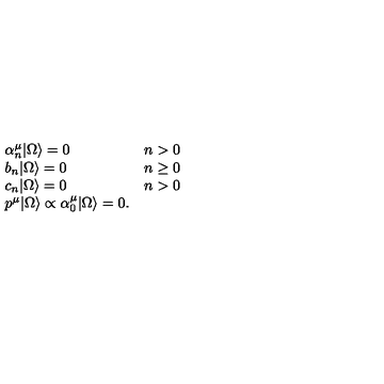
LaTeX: \left. \begin{array} { l c } { \alpha _ { n } ^ { \mu } | \Omega \rangle = 0 } & { n > 0 } \\ { b _ { n } | \Omega \rangle = 0 } & { n \ge 0 } \\ { c _ { n } | \Omega \rangle = 0 } & { n > 0 } \\ { p ^ { \mu } | \Omega \rangle \propto \alpha _ { 0 } ^ { \mu } | \Omega \rangle = 0 . } & { } \\ \end{array} \right.